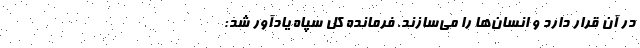
در آن قرار دارد و انسان‌ها را می‌سازند. فرمانده کل سپاه یادآور شد: